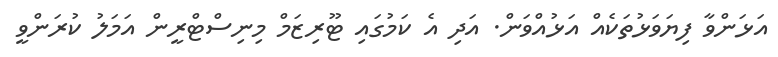
އަޅަންވާ ފިޔަވަޅުތަކެއް އަޅުއްވަން. އަދި އެ ކަމުގައި ޓޫރިޒަމް މިނިސްޓްރީން އަމަލު ކުރަންވީ